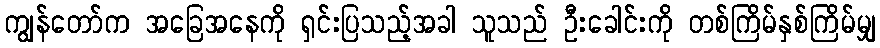
ကျွန်တော်က အခြေအနေကို ရှင်းပြသည့်အခါ သူသည် ဦးခေါင်းကို တစ်ကြိမ်နှစ်ကြိမ်မျှ